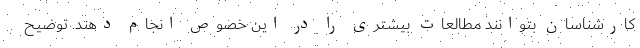
کارشناسان بتوانند مطالعات بیشتری را در این خصوص انجام دهند. توضیح